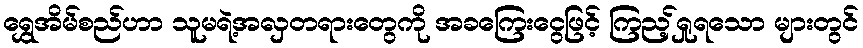
ရွှေအိမ်စည်ဟာ သူမရဲ့အလှတရားတွေကို အခကြေးငွေဖြင့် ကြည့်ရှုရသော များတွင်